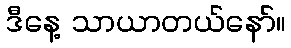
ဒီနေ့ သာယာတယ်နော်။